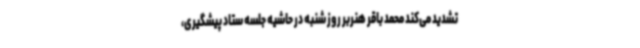
تشدید می‌کند محمد باقر هنربر روز شنبه در حاشیه جلسه ستاد پیشگیری،